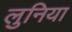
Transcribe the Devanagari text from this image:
लुनिया